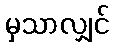
မှသာလျှင်